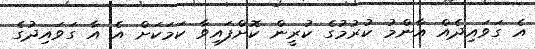
އެ ގަވައިދެއް އާންމު ކުރުމުގެ ކުރީން ކޮށްފައިވާ ކަމަކަށް އެ އާ ގަވައިދުގެ